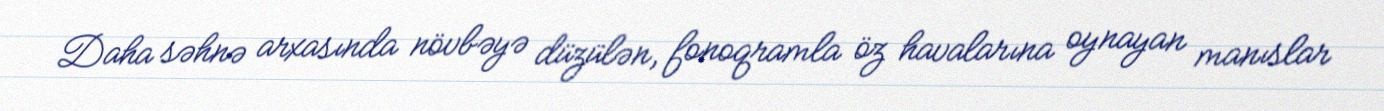
Daha səhnə arxasında növbəyə düzülən, fonoqramla öz havalarına oynayan manıslar